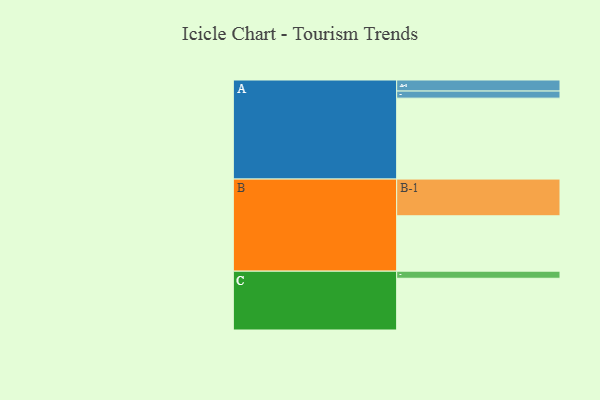
{"axis": {"x": "Segment", "y": "Value"}, "legend": ["", "A", "B", "C"], "data": [{"x": "A", "y": 593, "type": ""}, {"x": "B", "y": 406, "type": ""}, {"x": "C", "y": 379, "type": ""}, {"x": "A-1", "y": 81, "type": "A"}, {"x": "A-2", "y": 52, "type": "A"}, {"x": "B-1", "y": 269, "type": "B"}, {"x": "C-1", "y": 52, "type": "C"}]}